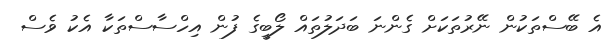
އެ ބޭސްތަކުން ނޭރުތަކަށް ގެންނަ ބަދަލުތައް ލޯބީގެ ފުން އިހްސާސްތަކާ އެކު ވެސް